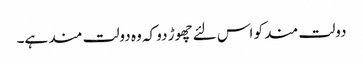
دولت مند کو اس لئے چھوڑ دو کہ وہ دولت مند ہے۔